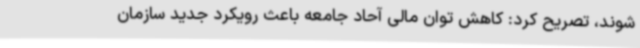
شوند، تصریح کرد: کاهش توان مالی آحاد جامعه باعث رویکرد جدید سازمان